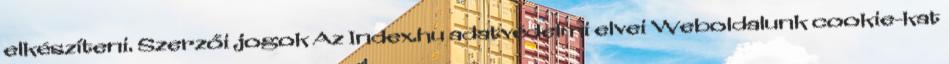
elkészíteni. Szerzői jogok Az Index.hu adatvédelmi elvei Weboldalunk cookie-kat